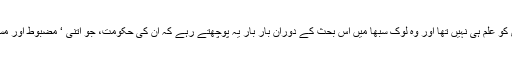
حالانکہ اس صورت حال کا المیہ دیکھیے کہ اس بات کا نریندر مودی کو علم ہی نہیں تھا اور وہ لوک سبھا میں اس بحث کے دوران بار بار یہ پوچھتے رہے کہ ان کی حکومت، جو اتنی ‘ مضبوط اور مستحکم ‘ ہے، تو پھر اس کے خلاف تحریک عدم اعتماد کیوں لائی گئی۔